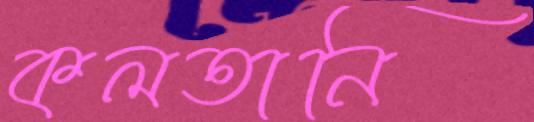
কলতানি